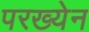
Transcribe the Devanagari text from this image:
परख्येन